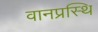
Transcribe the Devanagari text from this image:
वानप्रस्थि